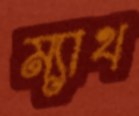
ম্যাথ